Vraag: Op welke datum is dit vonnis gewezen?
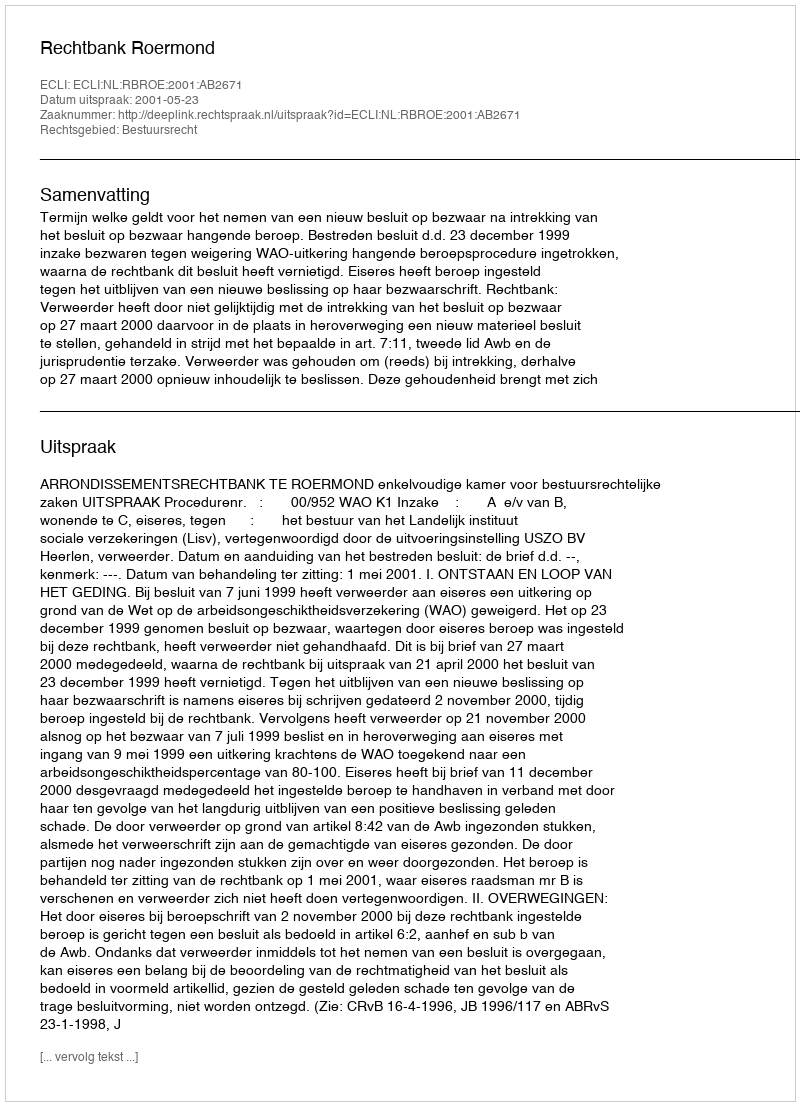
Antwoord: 2001-05-23